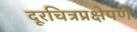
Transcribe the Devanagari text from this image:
दूरचित्रप्रक्षेपणे